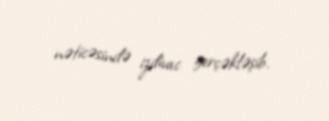
nəticəsində izdivac gerçəkləşib.